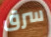
سرق